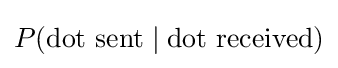
P({\text{dot sent}}\mid {\text{dot received}})